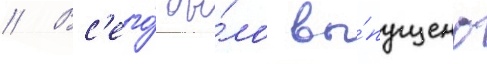
// Вс'его́ бы́ло вы́пущено